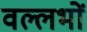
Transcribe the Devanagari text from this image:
वल्लभों